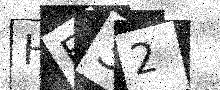
Text: HF32